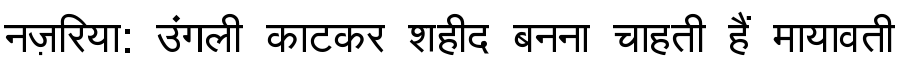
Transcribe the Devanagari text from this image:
नज़रिया: उंगली काटकर शहीद बनना चाहती हैं मायावती